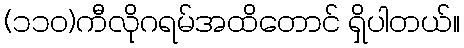
(၁၁၀)ကီလိုဂရမ်အထိတောင် ရှိပါတယ်။